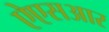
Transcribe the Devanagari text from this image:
ऐएसआर